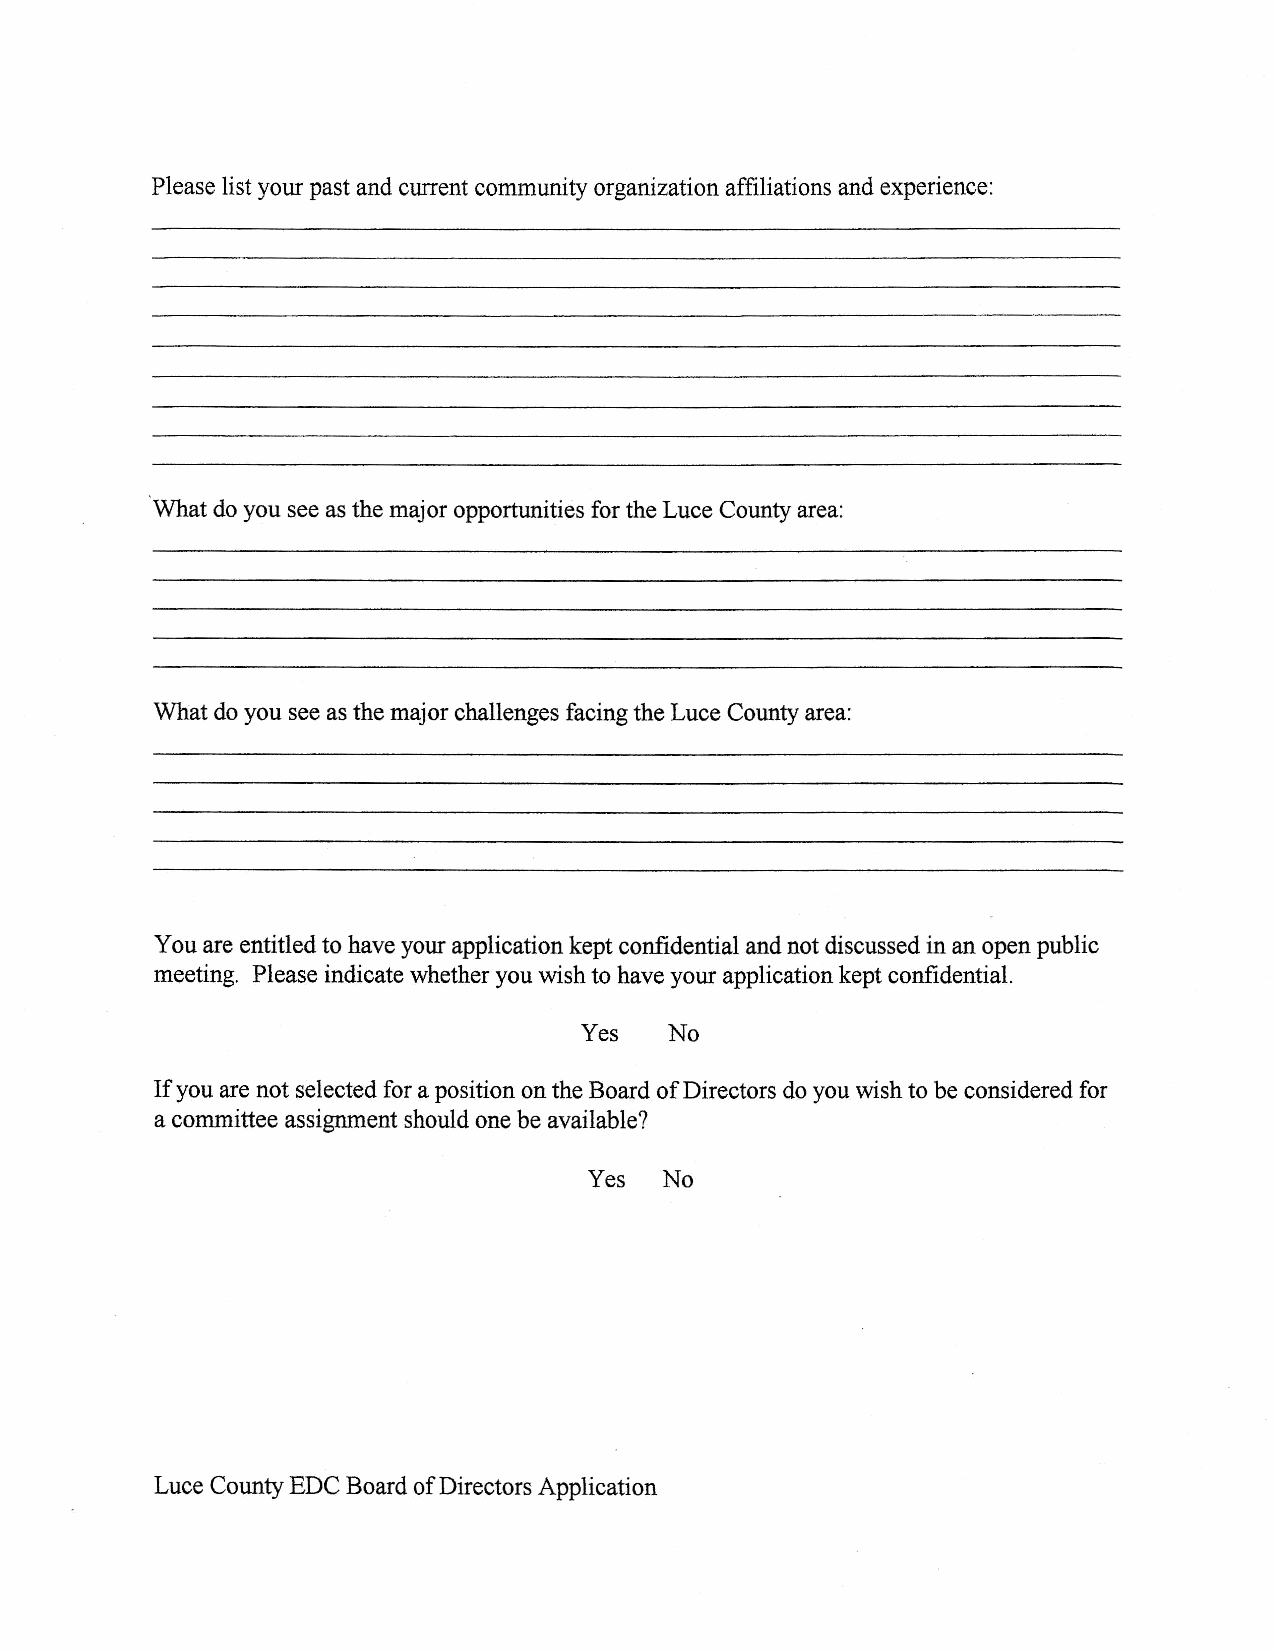
Please list your past and current community orgaruzation affiliations and experience:
 What do you see as the major opportunities for the Luce County area:
 What do you see as the major challenges facing the Luce County area:
 You are entitled to have your application kept confidential and not discussed in an open public
 meeting. Please indicate whether you wish to have your application kept confidential.
 Yes
 No
 If you are not selected for a position on the Board of Directors do you wish to be considered for
 a committee assignment should one be available?
 Yes
 No
 Luce County EDC Board of Directors Application